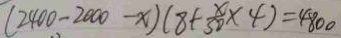
( 2 4 0 0 - 2 0 0 0 - x ) ( 8 + \frac { x } { 3 0 } \times 4 ) = 4 8 0 0